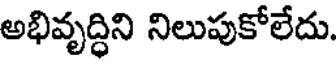
అభివృద్ధిని నిలుపుకోలేదు.